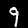
Digit: 9